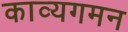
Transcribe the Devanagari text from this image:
काव्यगमन